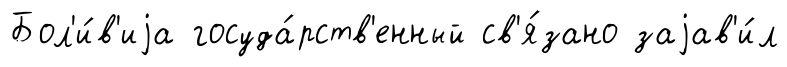
Бол'и́в'иjа госуда́рств'енный св'я́зано заjав'и́л